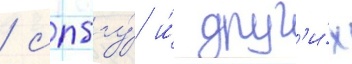
/ спбгу́ и́ друг'и́х